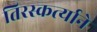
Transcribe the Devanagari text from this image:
तिरस्कर्त्याने